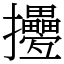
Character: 㩸